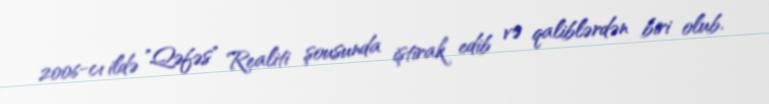
2006-cı ildə "Qəfəs" Realiti şousunda iştirak edib və qaliblərdən biri olub.